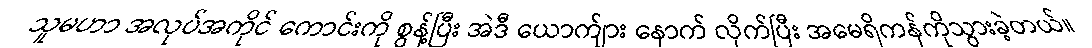
သူမဟာ အလုပ်အကိုင် ကောင်းကို စွန့်ပြီး အဲဒီ ယောက်ျား နောက် လိုက်ပြီး အမေရိကန်ကိုသွားခဲ့တယ်။